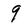
Character: 9